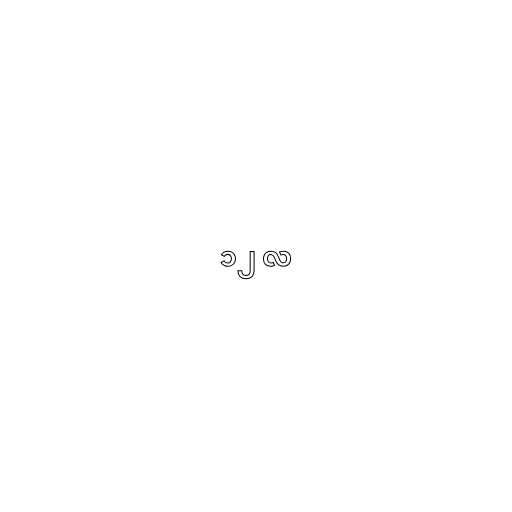
၁၂ လ